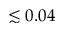
\lesssim 0 . 0 4